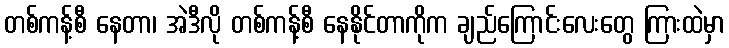
တစ်ကန့်စီ နေတာ၊ အဲဒီလို တစ်ကန့်စီ နေနိုင်တာကိုက ချည်ကြောင်းလေးတွေ ကြားထဲမှာ